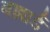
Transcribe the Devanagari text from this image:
बझार्ड